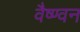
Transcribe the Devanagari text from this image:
वैष्ण्वन